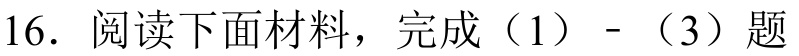
16. 阅读下面材料，完成（1） - （3）题